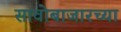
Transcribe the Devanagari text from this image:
सावोबाजारच्या